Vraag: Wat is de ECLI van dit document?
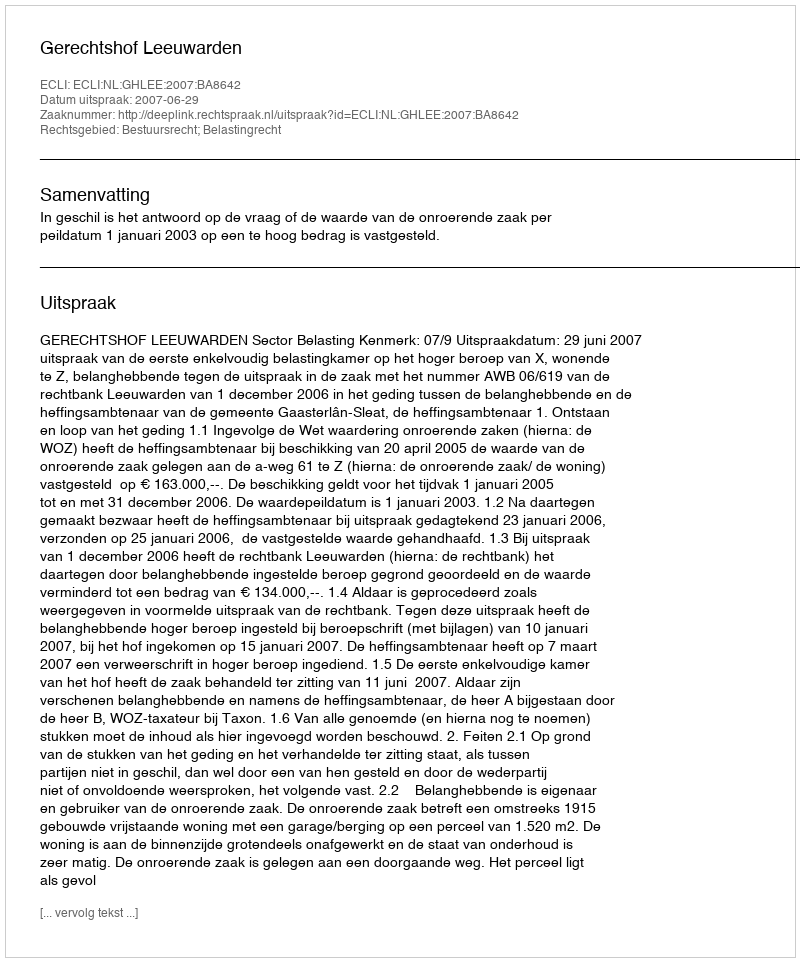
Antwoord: ECLI:NL:GHLEE:2007:BA8642